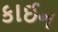
કાઈન